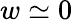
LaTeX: w\simeq 0